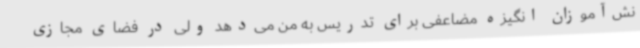
نش‌آموزان انگیزه مضاعفی برای تدریس به من می‌دهد ولی در فضای مجازی